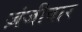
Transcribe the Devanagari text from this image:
ज़ंजीबार